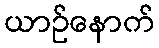
ယာဉ်နောက်